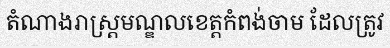
តំណាងរាស្ត្រមណ្ឌលខេត្តកំពង់ចាម ដែលត្រូវ